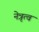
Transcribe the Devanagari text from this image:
नेत्रृत्व